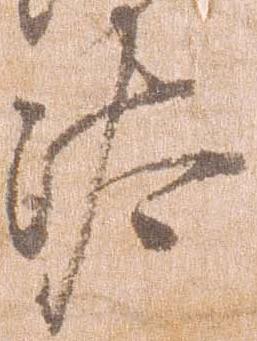
汰